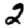
Digit: 2